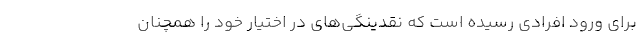
برای ورود افرادی رسیده است که نقدینگی‌های در اختیار خود را همچنان